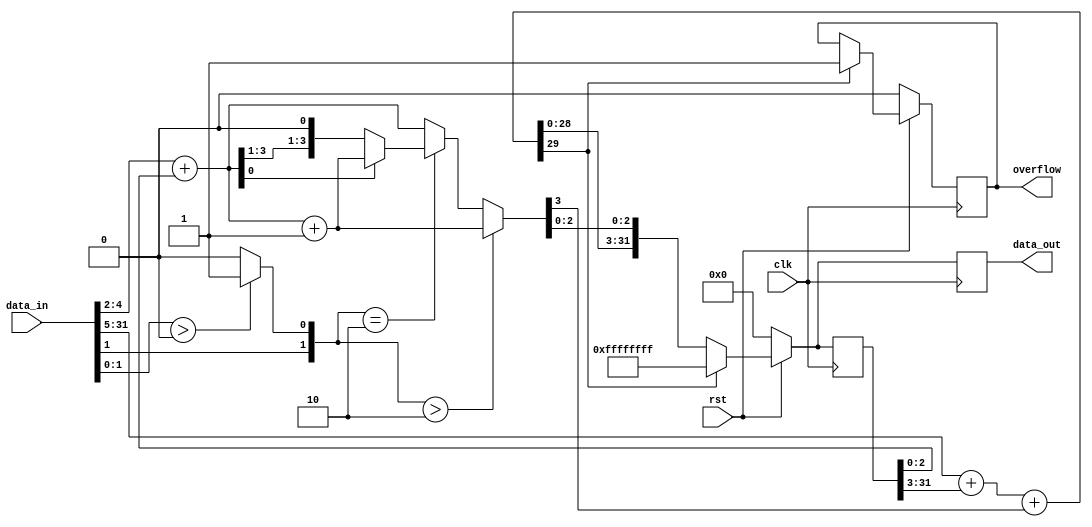
module fxp_acc(data_in, clk, rst, data_out, overflow);
parameter wl_in = 32; //input wordlength
parameter scale_in = 5; //input fraction length
parameter wl_out = 32; //output wordlength
parameter scale_out = 3; //output fraction length

parameter big_scale = scale_in > scale_out ? scale_in : scale_out; //bigger of two fraction lengths
parameter small_scale = scale_in < scale_out ? scale_in : scale_out; //smaller of two fraction lengths
parameter big_int = ((wl_in - scale_in) > (wl_out - scale_out)) ? (wl_in - scale_in) : (wl_out - scale_out); //bigger of two integer lengths
parameter small_int = ((wl_in - scale_in) < (wl_out - scale_out)) ? (wl_in - scale_in) : (wl_out - scale_out); //smaller of two integer lengths
parameter up_bnd = scale_in-scale_out > 1 ? scale_in-scale_out-1 : 0; //upper-bound, necessary to avoid errors during elaboration stage.

input [wl_in-1:0] data_in;
input clk, rst;
output reg [wl_out-1:0] data_out; 
output reg overflow;

reg [wl_out-1:0] data_out_in; //feedback of the output signal

wire [scale_out-1:0] frac_in; //truncated fraction of the input
wire [scale_out:0] frac_sum; //sum of input and output fractions
reg  [scale_out:0] rounded_frac_sum; // rounded fraction sum
wire [big_int:0] integ_sum; //integer sum

wire [1:0] round; //round bits. if round < 10, round down. if round == 10 round to an even number. if round > 10, round up. BUG: the LSB bit should have been a sticky bit!!!


assign frac_in = (scale_in >= scale_out) ? data_in[scale_in-1:scale_in-scale_out] :  {data_in[scale_in:0],{(scale_out-scale_in){1'b0}}};

assign round[1] = (scale_in-scale_out > 0) ? data_in[scale_in - scale_out - 1] : 1'b0;
assign round[0] = (scale_in-scale_out > 1) ? (data_in[up_bnd : 0] > 0 ? 1'b1 : 1'b0) : 1'b0; //sticky bit

assign frac_sum = {1'b0,frac_in} + {1'b0,(data_out_in[scale_out-1:0])};

always @(*) //do rounding in this always block
begin
	if(round > 2'b10) //round up
		rounded_frac_sum <= frac_sum + 1'b1;
	else if(round == 2'b10) //round to even
		rounded_frac_sum <= frac_sum[0] ? frac_sum + 1'b1 : frac_sum;
	else //round down
		rounded_frac_sum <= frac_sum;
end

assign integ_sum = (data_in >> scale_in) + (data_out_in >> scale_out) + rounded_frac_sum[small_scale];


always @(posedge clk) //clock the accumulated sum to the output
begin
    if(!rst)
    begin
        data_out <= 0;
        data_out_in <= 0;
        overflow <= 0;
    end
    else
    begin
        if(integ_sum[big_int:(wl_out-scale_out)] != {(wl_out-scale_out+1){1'b0}} ) //check if overflow occured
        begin
            data_out <= ~0; 
            data_out_in <= ~0;
            overflow <= 1'b1;
        end
        else
        begin //clock the output
            data_out <= {integ_sum[wl_out-scale_out:0],rounded_frac_sum[scale_out-1:0]};
            data_out_in <= {integ_sum[wl_out-scale_out:0],rounded_frac_sum[scale_out-1:0]};
        end
    end
end
endmodule